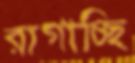
রাগাচ্ছি